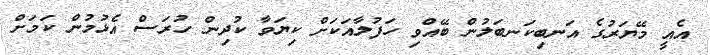
އެއީ މޭޔަރުގެ އަނބިކަނބަލުން ބޭއްވި ހަފުލާއަކަށް ކިޔަވާ ކުދިން ހުރަސް އެޅުމުން ކަމަށް